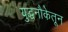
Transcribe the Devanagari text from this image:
युद्धनौकेतून